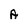
Character: A